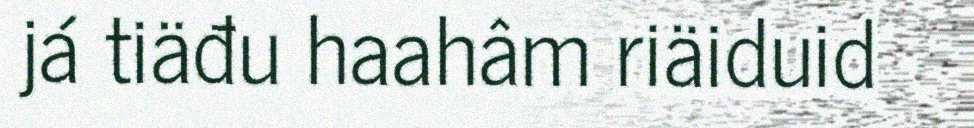
já tiäđu haahâm riäiduid